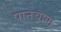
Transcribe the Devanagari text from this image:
पानचाया